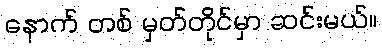
နောက် တစ် မှတ်တိုင်မှာ ဆင်းမယ်။